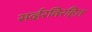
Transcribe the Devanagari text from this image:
सर्व्हरविरहित